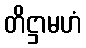
တိဋ္ဌာမဟံ